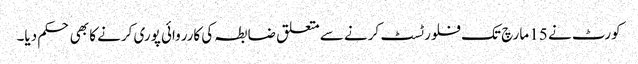
کورٹ نے 15 مارچ تک فلور ٹسٹ کرنے سے متعلق ضابطہ کی کارروائی پوری کرنے کا بھی حکم دیا۔